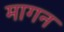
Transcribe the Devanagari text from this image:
मागन